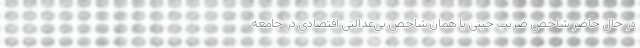
در حال حاضر شاخص ضریب جینی یا همان شاخص بی‌عدالتی اقتصادی در جامعه